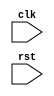
module AHB_bus_controller (
     input wire clk,
     input wire rst,
     // Add other interface signals here

     // Add module instances for timing control and synchronization blocks here

     // Add control logic for read and write operations, addressing signals, etc. here

);

   // Add code for timing control and synchronization modules here

   // Add code for control logic here

endmodule